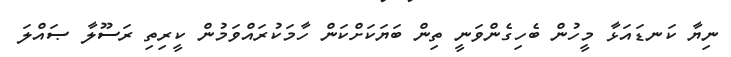
ނިޔާ ކަނޑައަޅާ މީހުން ބެހިގެންވަނީ ތިން ބަޔަކަށްކަން ހާމަކުރައްވަމުން ކީރިތި ރަސޫލާ ޞައްލަ